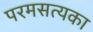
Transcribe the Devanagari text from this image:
परमसत्यका